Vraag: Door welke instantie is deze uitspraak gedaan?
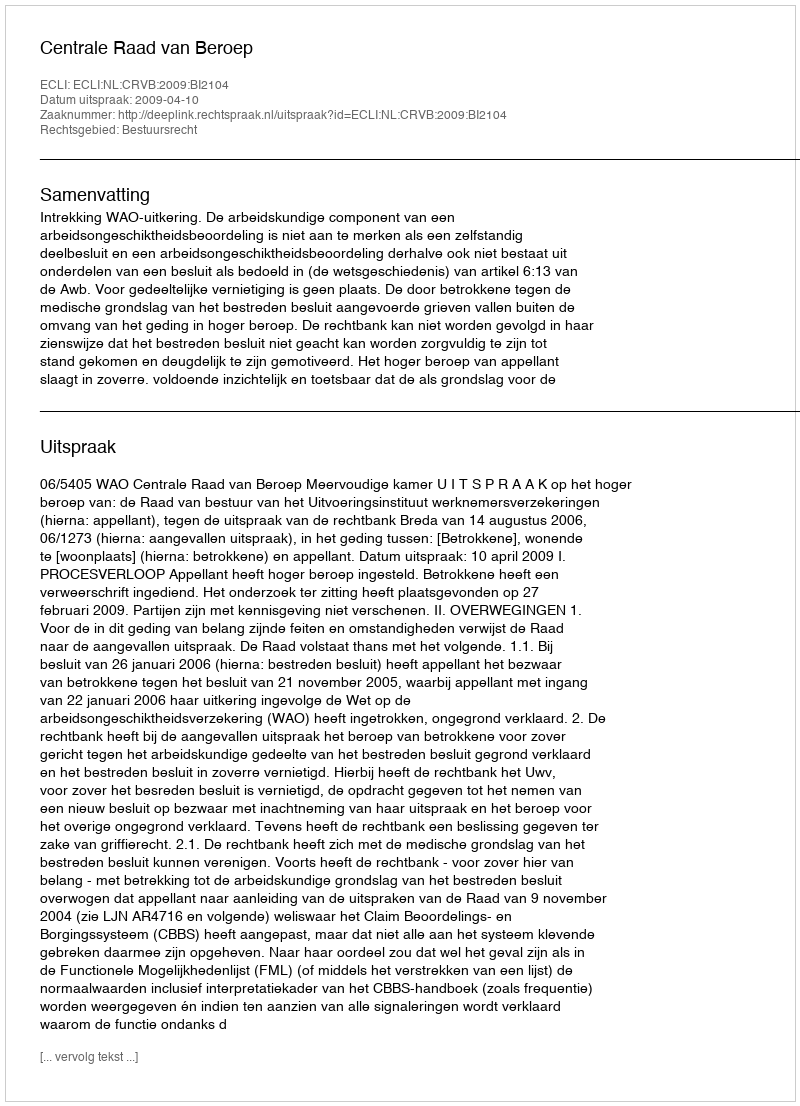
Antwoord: Centrale Raad van Beroep